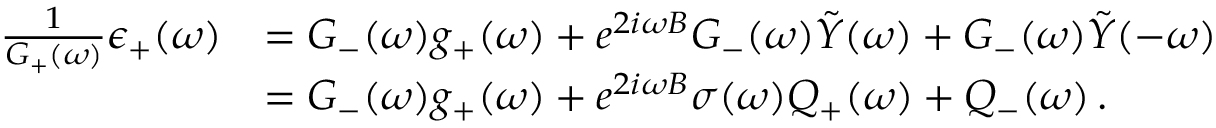
\begin{array} { r l } { \frac { 1 } { G _ { + } ( \omega ) } \epsilon _ { + } ( \omega ) } & { = G _ { - } ( \omega ) g _ { + } ( \omega ) + e ^ { 2 i \omega B } G _ { - } ( \omega ) \tilde { Y } ( \omega ) + G _ { - } ( \omega ) \tilde { Y } ( - \omega ) } \\ & { = G _ { - } ( \omega ) g _ { + } ( \omega ) + e ^ { 2 i \omega B } \sigma ( \omega ) Q _ { + } ( \omega ) + Q _ { - } ( \omega ) \, . } \end{array}